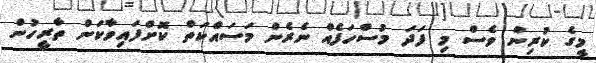
މީގެ ކުރިން ވެސް މި ފަދަ މުސްހަފެއް ނެރެން މަސައްކަތް ކޮށްފައިވާކަން ތާރީހުން